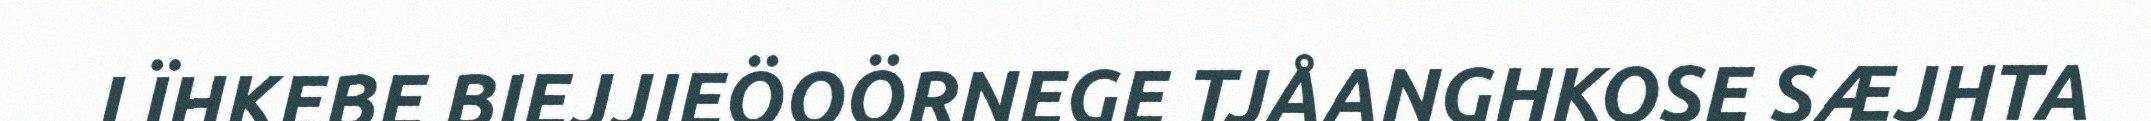
LÏHKEBE BIEJJIEÖOÖRNEGE TJÅANGHKOSE SÆJHTA